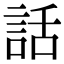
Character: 話